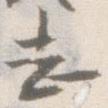
し